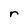
Character: r